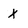
Character: X